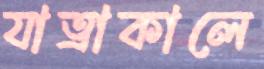
যাত্রাকালে